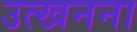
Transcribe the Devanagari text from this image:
उत्खनना